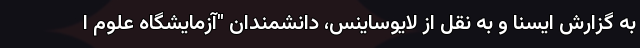
به گزارش ایسنا و به نقل از لایوساینس، دانشمندان "آزمایشگاه علوم ا